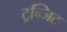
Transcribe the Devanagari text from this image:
ट्रन्जिट